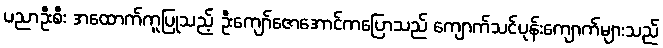
ပညာဦးစီး အထောက်ကူပြုသည့် ဦးကျော်ဇောအောင်ကပြောသည် ကျောက်သင်ပုန်းကျောက်များသည်